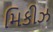
મિકીઝ